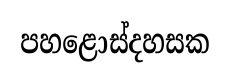
පහළොස්දහසක